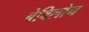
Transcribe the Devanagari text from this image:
बेविलोन